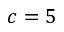
c = 5